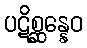
ပဋိစ္ဆန္နေဝ